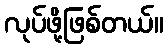
လုပ်ဖို့ဖြစ်တယ်။